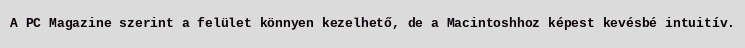
A PC Magazine szerint a felület könnyen kezelhető, de a Macintoshhoz képest kevésbé intuitív.